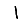
Digit: 1